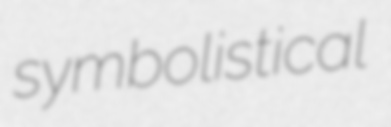
symbolistical